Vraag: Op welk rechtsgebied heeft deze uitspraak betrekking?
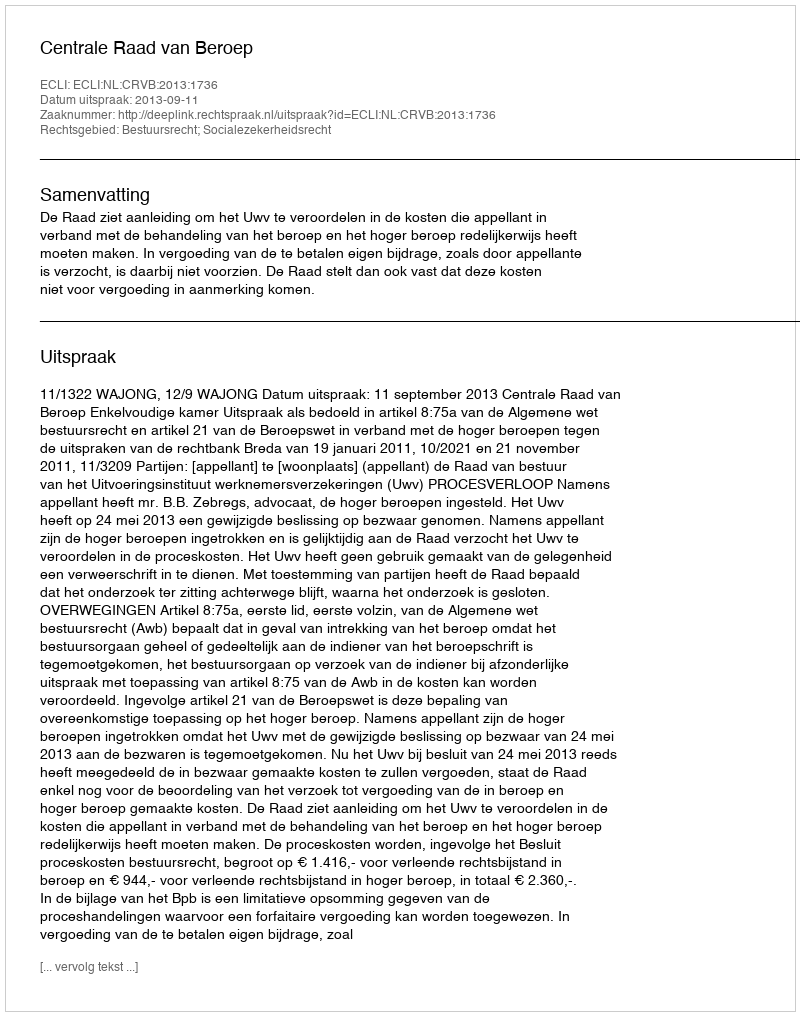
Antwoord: Bestuursrecht; Socialezekerheidsrecht